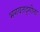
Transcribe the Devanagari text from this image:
भगवतद्गीता